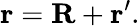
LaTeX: \mathbf{r}=\mathbf{R}+\mathbf{r}^{\prime}.